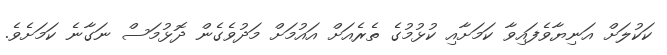
ކަކުލަށް އަނިޔާވެފައިވާ ކަމަށާއި ކުޅުމުގެ ތެރެއަށް އައުމަށް މަދުވެގެން ދޮޅުމަސް ނަގާނެ ކަމަށެވެ.